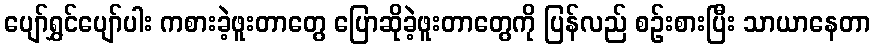
ပျော်ရွှင်ပျော်ပါး ကစားခဲ့ဖူးတာတွေ ပြောဆိုခဲ့ဖူးတာတွေကို ပြန်လည် စဉ်းစားပြီး သာယာနေတာ